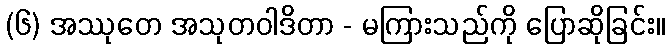
(၆) အဿုတေ အသုတဝါဒိတာ - မကြားသည်ကို ပြောဆိုခြင်း။